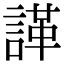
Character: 諽